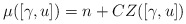
\begin{align*}\mu([\gamma, u])= n+ CZ([\gamma, u])\end{align*}